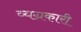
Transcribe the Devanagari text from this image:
व्यग्रकारी